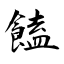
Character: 饁